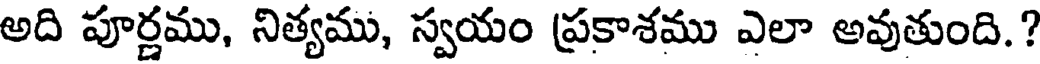
అది పూర్ణము, నిత్యము, స్వయం ప్రకాశము ఎలా అవుతుంది.?